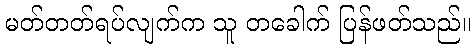
မတ်တတ်ရပ်လျက်က သူ တခေါက် ပြန်ဖတ်သည်။